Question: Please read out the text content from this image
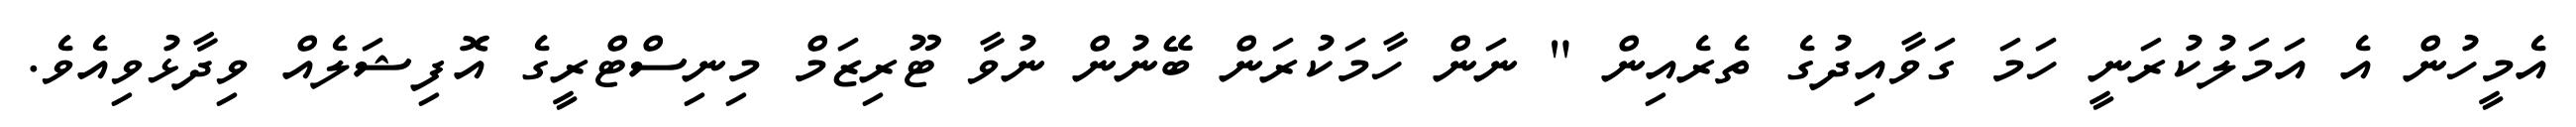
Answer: އެމީހުން އެ އަމަލުކުރަނީ ހަމަ ގަވާއިދުގެ ތެރެއިން " ނަން ހާމަކުރަން ބޭނުން ނުވާ ޓޫރިޒަމް މިނިސްޓްރީގެ އޮފިޝަލެއް ވިދާޅުވިއެވެ.